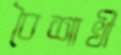
বৈশাখী